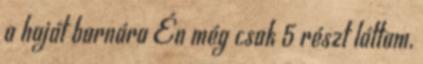
a haját barnára Én még csak 5 részt láttam,